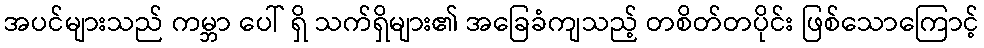
အပင်များသည် ကမ္ဘာ ပေါ် ရှိ သက်ရှိများ၏ အခြေခံကျသည့် တစိတ်တပိုင်း ဖြစ်သောကြောင့်